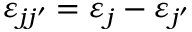
\varepsilon _ { j j ^ { \prime } } = \varepsilon _ { j } - \varepsilon _ { j ^ { \prime } }